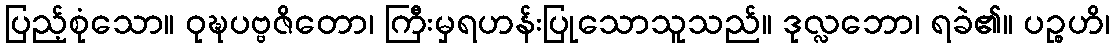
ပြည့်စုံသော။ ဝုဍ္ဎပဗ္ဗဇိတော၊ ကြီးမှရဟန်းပြုသောသူသည်။ ဒုလ္လဘော၊ ရခဲ၏။ ပဉ္စဟိ၊